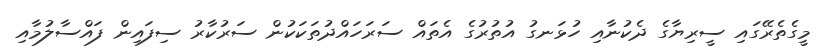
މީގެތެރޭގައި ސީރިޔާގެ ދެކުނާއި ހުޅަނގު އުތުރުގެ އެތައް ސަރަހައްދުތަކަކުން ސަރުކާރު ސިފައިން ފައްސާލުމާއި